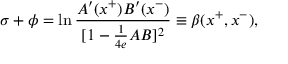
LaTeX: \sigma + \phi = \ln { \frac { A ^ { \prime } ( x ^ { + } ) B ^ { \prime } ( x ^ { - } ) } { [ 1 - { \frac { 1 } { 4 e } } A B ] ^ { 2 } } } \equiv \beta ( x ^ { + } , x ^ { - } ) ,